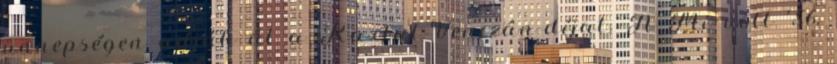
ünnepségen adják át a Kartal-Venczán-díjat. A Mi volt ’56,